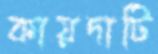
কায়দাটি